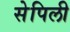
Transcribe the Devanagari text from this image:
सेपिली